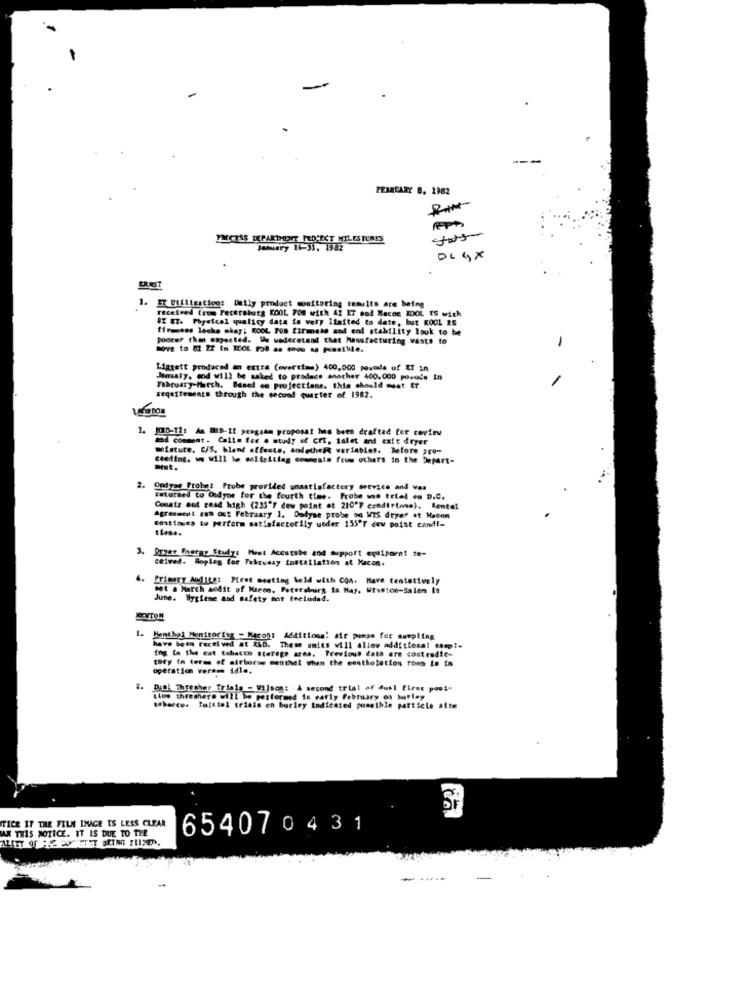
PRIRCARY B. 1982
PMCESS DEPARTMENT PROTECT MILES TONES
January 11-31, 1982
DLGX
ERNST
1.
IT Utilization: Daily product monitoring results are being
received (zum Petersburg KOOL, 70m with 42 ET pod Macos KOOL IS with
#Z NT. Physical qualicy data is very limited to date, but KOOL IS
finenses lecks chay; ROOL Tos firmate and end stability look to be
poorer than expected. We wederstand that Massfacturing wants to
move to 82 Er in ECOL Pol as soon as possible.
-
Ligtett prodaced an extra (overtime) 400,000 pounds of EI in
Manualy, and will be saked to produce another 400.000 povede
February-March. Based on projections. this should meet tr
requirements through the second quarter of 1982.
. IQUID-TI: An MID-IL program proposal has been drafted for review
moi comment. Calle fee . study of crt, lalet and exit dryer
moisture, C/S. blant effects, andethe variables. Before pro-
Ceeding, we will be malteiting comments from others in the Separt-
Dist.
2.
Ondyas Probes Probe provided unaatlafactory service and ves
Faturard to Ondyne for the fourth time. Probe was trial oa D.C.
Conatr and read high (233"F dew point at 210'? condit(ne). Mentel
Agreement ran out February 1. Onfyse probe om WTS dryer at Macon
continues to perform satisfactorily under 155ºF dew point cond !-
: Meet Accutebe and support equipment te-
ceived. Bopies for Telrussy installation at Kacon.
4.
Primary Andits: Pirne erating held with COM. Have tentatively
set a March addit of Hacen, Petersburg fa May, Waston-Salem In
June. Hygiene and safety mot feeludad.
1. Menthol Monitoring - Macon: Additions! air pumps for sampling
have been received at &&D. These units will allow additional tamp !=
ing to the cat tobacco storage area. Previous data ore costradic-
tory in terms of airborne menthal when the sentholatios roos Lo fa
operation verem idle.
1.
Wijson: . A second trial of dubl fires posi-
los threthere will be performed in early February on hurley
tobacco. Initial trials on borley indieated possible particle aite
TICE IF THE FILM IMAGE IS LESS CLEAR
MAX THIS NOTICE. IT IS DUE TO THE
654070431